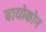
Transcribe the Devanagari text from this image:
बायोकोन